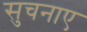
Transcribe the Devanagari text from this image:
सुचनाए